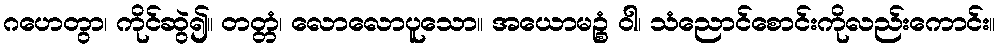
ဂဟေတွာ၊ ကိုင်ဆွဲ၍။ တတ္တံ၊ လောလောပူသော။ အယောမဉ္စံ ဝါ၊ သံညောင်စောင်းကိုလည်းကောင်း။